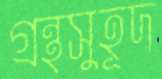
গ্রন্থসুহূদ